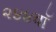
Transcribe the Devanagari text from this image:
२४४वॉ